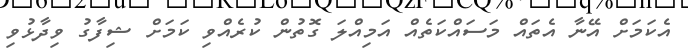
އެކަމަށް އޭނާ އެތައް މަސައްކަތެއް އަމިއްލަ ގޮތުން ކުރެއްވި ކަމަށް ޝިފާގު ވިދާޅުވި